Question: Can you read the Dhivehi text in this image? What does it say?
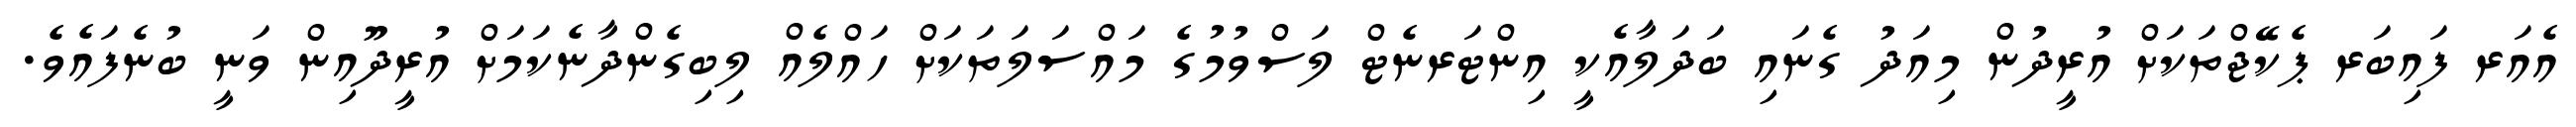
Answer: އެއަރ ފައިބަރ ޕެކޭޖްތަކަށް އުރީދުން މިއަދު ގެނައި ބަދަލާއެކީ އިންޓަރނެޓް ލަސްވުމުގެ މައްސަލަތަކަށް ހައްލެއް ލިބިގެންދާނެކަމަށް އުރީދޫއިން ވަނީ ބުނެފައެވެ.